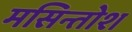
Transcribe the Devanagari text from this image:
मसिन्तोश